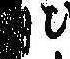
日